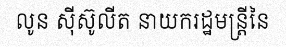
លូន ស៊ីស៊ូលីត នាយករដ្ឋមន្ត្រីនៃ